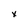
Character: x